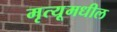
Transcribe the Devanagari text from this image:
मृत्यूमधील